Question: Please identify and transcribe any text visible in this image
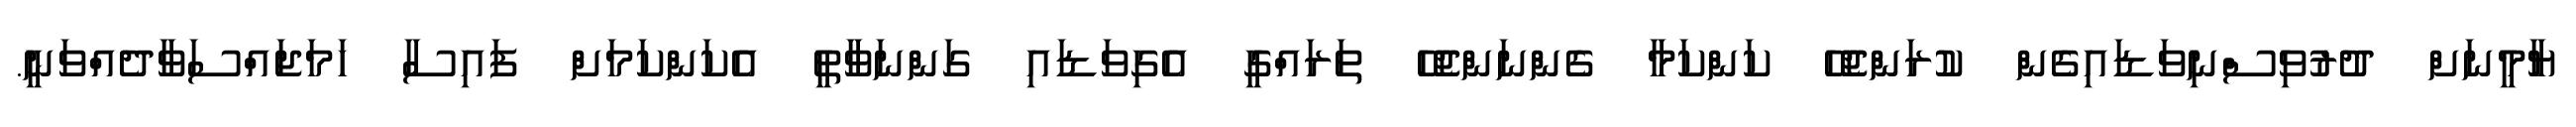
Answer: ޔާމީނަށް ދުރުވިސްނިވަޑައިގެން ކުރަންޖެހޭ ކަންކަމާ ގެންނަންޖެހޭ ތަރައްގީ އެގިވަޑައި ގަންނަވާތީ އެކަންކަމަށް ފައިސާ ހަމަޖައްސަވާދެއްވަނީ.